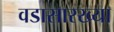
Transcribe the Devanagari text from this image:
वडासारख्या